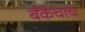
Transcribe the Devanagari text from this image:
बँकेचाच